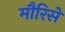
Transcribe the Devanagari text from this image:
मौरिसे